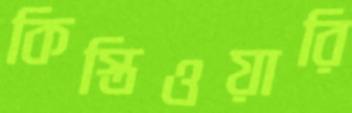
কিস্তিওয়ারি